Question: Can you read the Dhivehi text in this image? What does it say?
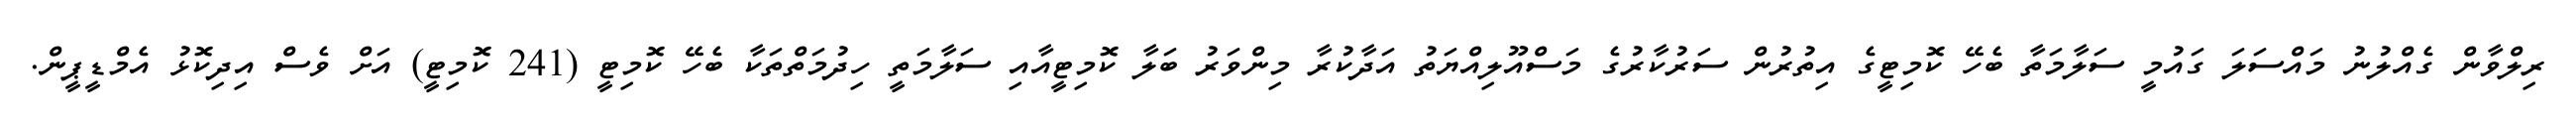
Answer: ރިލްވާން ގެއްލުނު މައްސަލަ ގައުމީ ސަލާމަތާ ބެހޭ ކޮމިޓީގެ އިތުރުން ސަރުކާރުގެ މަސްއޫލިއްޔަތު އަދާކުރާ މިންވަރު ބަލާ ކޮމިޓީއާއި ސަލާމަތީ ހިދުމަތްތަކާ ބެހޭ ކޮމިޓީ (241 ކޮމިޓީ) އަށް ވެސް އިދިކޮޅު އެމްޑީޕީން.